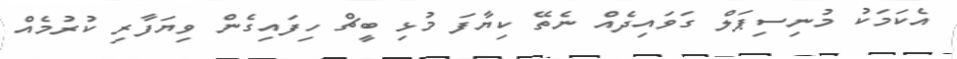
އެކަމަކު މުނިސިޕަލް ގަވައިދެއް ނެތޭ ކިޔާފަ މުޅި ބީޗް ހިފައިގެން ވިޔަފާރި ކުރުމެއް